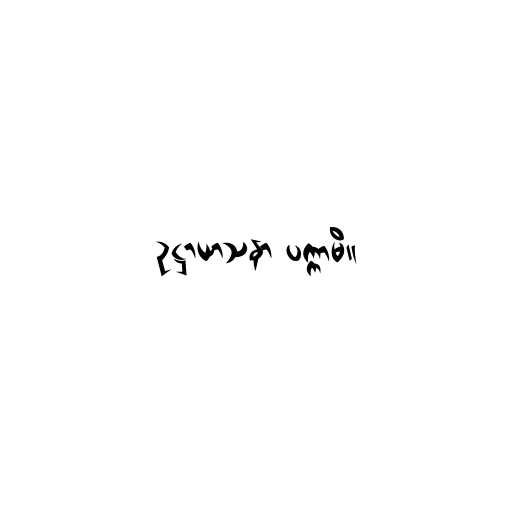
ဥဋ္ဌာယာသနာ ပက္ကာမိ။